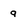
Character: g